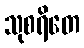
သုစရိတေ